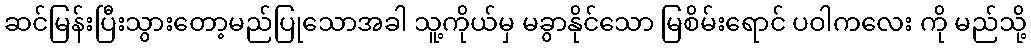
ဆင်မြန်းပြီးသွားတော့မည်ပြုသောအခါ သူ့ကိုယ်မှ မခွာနိုင်သော မြစိမ်းရောင် ပဝါကလေး ကို မည်သို့